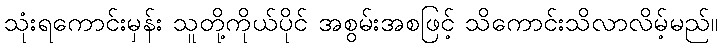
သုံးရကောင်းမှန်း သူတို့ကိုယ်ပိုင် အစွမ်းအစဖြင့် သိကောင်းသိလာလိမ့်မည်။